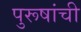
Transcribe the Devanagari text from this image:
पुरूषांची